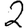
Digit: 2